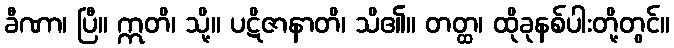
ခီဏာ၊ ပြီ။ ဣတိ၊ သို့။ ပဋိဇာနာတိ၊ သိ၏။ တတ္ထ၊ ထိုခုနစ်ပါးတို့တွင်။